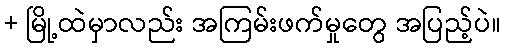
+ မြို့ထဲမှာလည်း အကြမ်းဖက်မှုတွေ အပြည့်ပဲ။